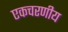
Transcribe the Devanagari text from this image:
एकचरणीय